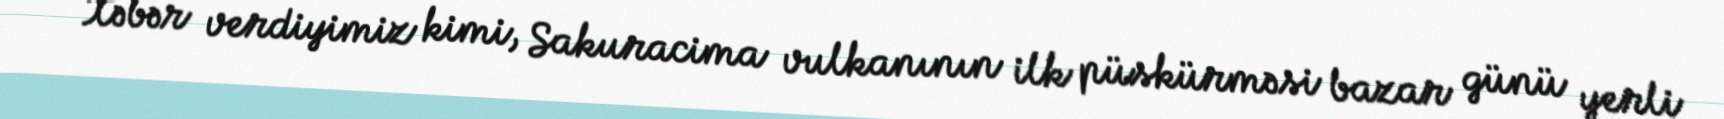
Xəbər verdiyimiz kimi, Sakuracima vulkanının ilk püskürməsi bazar günü yerli